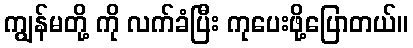
ကျွန်မတို့ ကို လက်ခံပြီး ကုပေးဖို့ပြောတယ်။